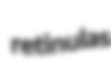
retinulas